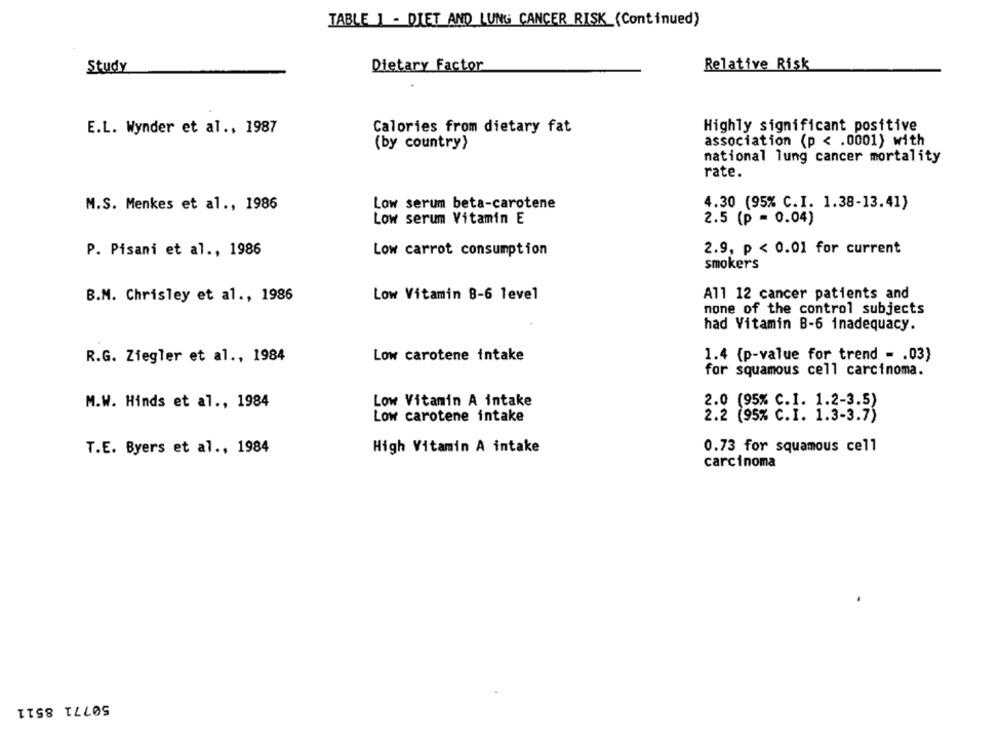
TABLE 1 - DIET AND LUNG CANCER RISK (Continued)
Dietary Factor
Relative Risk
Study
E.L. Wynder et al ., 1987
Calories from dietary fat
Highly significant positive
association (p < . 0001) with
(by country}
national lung cancer mortality
rate.
M.S. Menkes et al ., 1986
Low serum beta-carotene
4.30 (95% C.I. 1.38-13.41)
Low serum Vitamin E
2.5 (p = 0.04)
P. Pisani et al ., 1986
Low carrot consumption
2.9, p < 0.01 for current
smokers
Low Vitamin B-6 level
All 12 cancer patients and
B.M. Chrisley et al ., 1986
none of the control subjects
had Vitamin B-6 inadequacy.
Low carotene intake
1.4 (p-value for trend - . 03)
R.G. Ziegler et al ., 1984
for squamous cell carcinoma.
M.W. Hinds et al ., 1984
Low Vitamin A intake
2.0 (95% C.I. 1.2-3.5)
Low carotene intake
2.2 (95% C.I. 1.3-3.7)
T.E. Byers et al ., 1984
High Vitamin A intake
0.73 for squamous cell
carcinoma
50771 8511